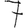
Digit: 7